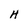
Character: H